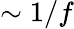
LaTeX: \sim 1/f